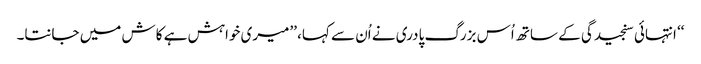
‘‘ انتہائی سنجیدگی کے ساتھ اُس بزرگ پادری نے اُن سے کہا، ’’میری خواہش ہے کاش میں جانتا۔